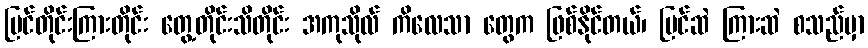
မြင်တိုင်းကြားတိုင်း တွေ့တိုင်းသိတိုင်း အကုသိုလ် ကိလေသာ တွေက ဖြစ်နိုင်တယ်၊ မြင်ဆဲ ကြားဆဲ စသည်မှာ